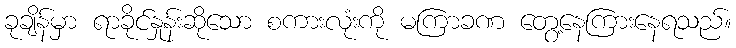
ခုချိန်မှာ ရာခိုင်နှုန်းဆိုသော စကားလုံးကို မကြာခဏ တွေ့နေကြားနေရသည်။